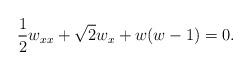
LaTeX: \begin{align*} &\frac{1}{2}w_{xx}+\sqrt{2}w_x+w(w-1)=0.\end{align*}